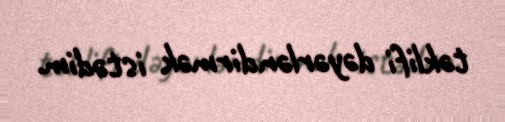
təklifi dəyərləndirmək istədim.